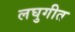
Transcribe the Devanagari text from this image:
लघुगीत